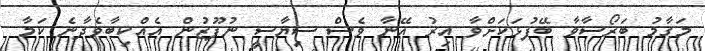
މަގާމު ބަރޯސާވާ ބޭފުޅަކަށްވާ އިރު އޭނާ ވެސް ސިޔާސީ ނުފޫޒުން އެއްކިބާވެދާނެ ކަމާ